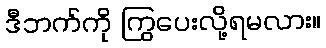
ဒီဘက်ကို ကြွပေးလို့ရမလား။